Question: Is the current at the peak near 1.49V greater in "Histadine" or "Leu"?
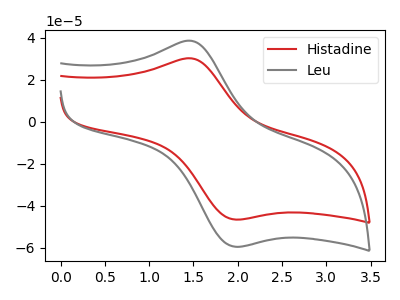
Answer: <think>The red curve "Histadine" has an anodic peak at (1.50V, 30.00uA) and a cathodic peak at (2.05V, -46.60uA). The gray curve "Leu" has an anodic peak at (1.50V, 38.30uA) and a cathodic peak at (2.05V, -59.55uA).</think>
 <answer>The peak at 1.49V is lower in "Histadine" than in "Leu".</answer>
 <eval>lower</eval>